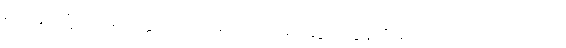
ရဟန်းတို့။ ပါပမိတ္တော၊ ယုတ်မာသောအဆွေခင်ပွန်းရှိသော။ ပါပသဟာယော၊